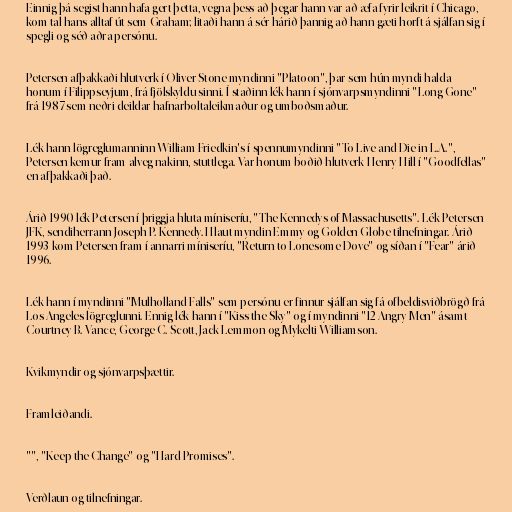
Einnig þá segist hann hafa gert þetta, vegna þess að þegar hann var að æfa fyrir leikrit í Chicago,
kom tal hans alltaf út sem Graham; litaði hann á sér hárið þannig að hann gæti horft á sjálfan sig í
spegli og séð aðra persónu.

Petersen afþakkaði hlutverk í Oliver Stone myndinni "Platoon", þar sem hún myndi halda
honum í Filippseyjum, frá fjölskyldu sinni. Í staðinn lék hann í sjónvarpsmyndinni "Long Gone"
frá 1987 sem neðri deildar hafnarboltaleikmaður og umboðsmaður.

Lék hann lögreglumanninn William Friedkin's í spennumyndinni "To Live and Die in L.A.",
Petersen kemur fram alveg nakinn, stuttlega. Var honum boðið hlutverk Henry Hill í "Goodfellas"
en afþakkaði það.

Árið 1990 lék Petersen í þriggja-hluta míniseríu, "The Kennedys of Massachusetts". Lék Petersen
JFK, sendiherrann Joseph P. Kennedy. Hlaut myndin Emmy og Golden Globe-tilnefningar. Árið
1993 kom Petersen fram í annarri míniseríu, "Return to Lonesome Dove" og síðan í "Fear" árið
1996.

Lék hann í myndinni "Mulholland Falls" sem persónu er finnur sjálfan sig fá ofbeldisviðbrögð frá
Los Angeles lögreglunni. Ennig lék hann í "Kiss the Sky" og í myndinni "12 Angry Men" ásamt
Courtney B. Vance, George C. Scott, Jack Lemmon og Mykelti Williamson.

Kvikmyndir og sjónvarpsþættir.

Framleiðandi.

"", "Keep the Change" og "Hard Promises".

Verðlaun og tilnefningar.